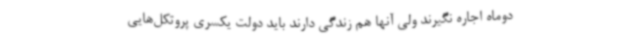
دوماه اجاره نگیرند ولی آنها هم زندگی دارند باید دولت یکسری پروتکل‌هایی